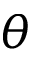
\theta